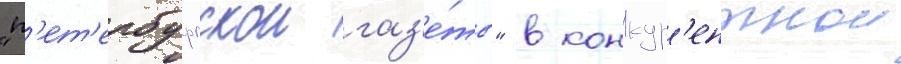
"п'ет'ербургскои газ'е́ты" в конкур'ентнои